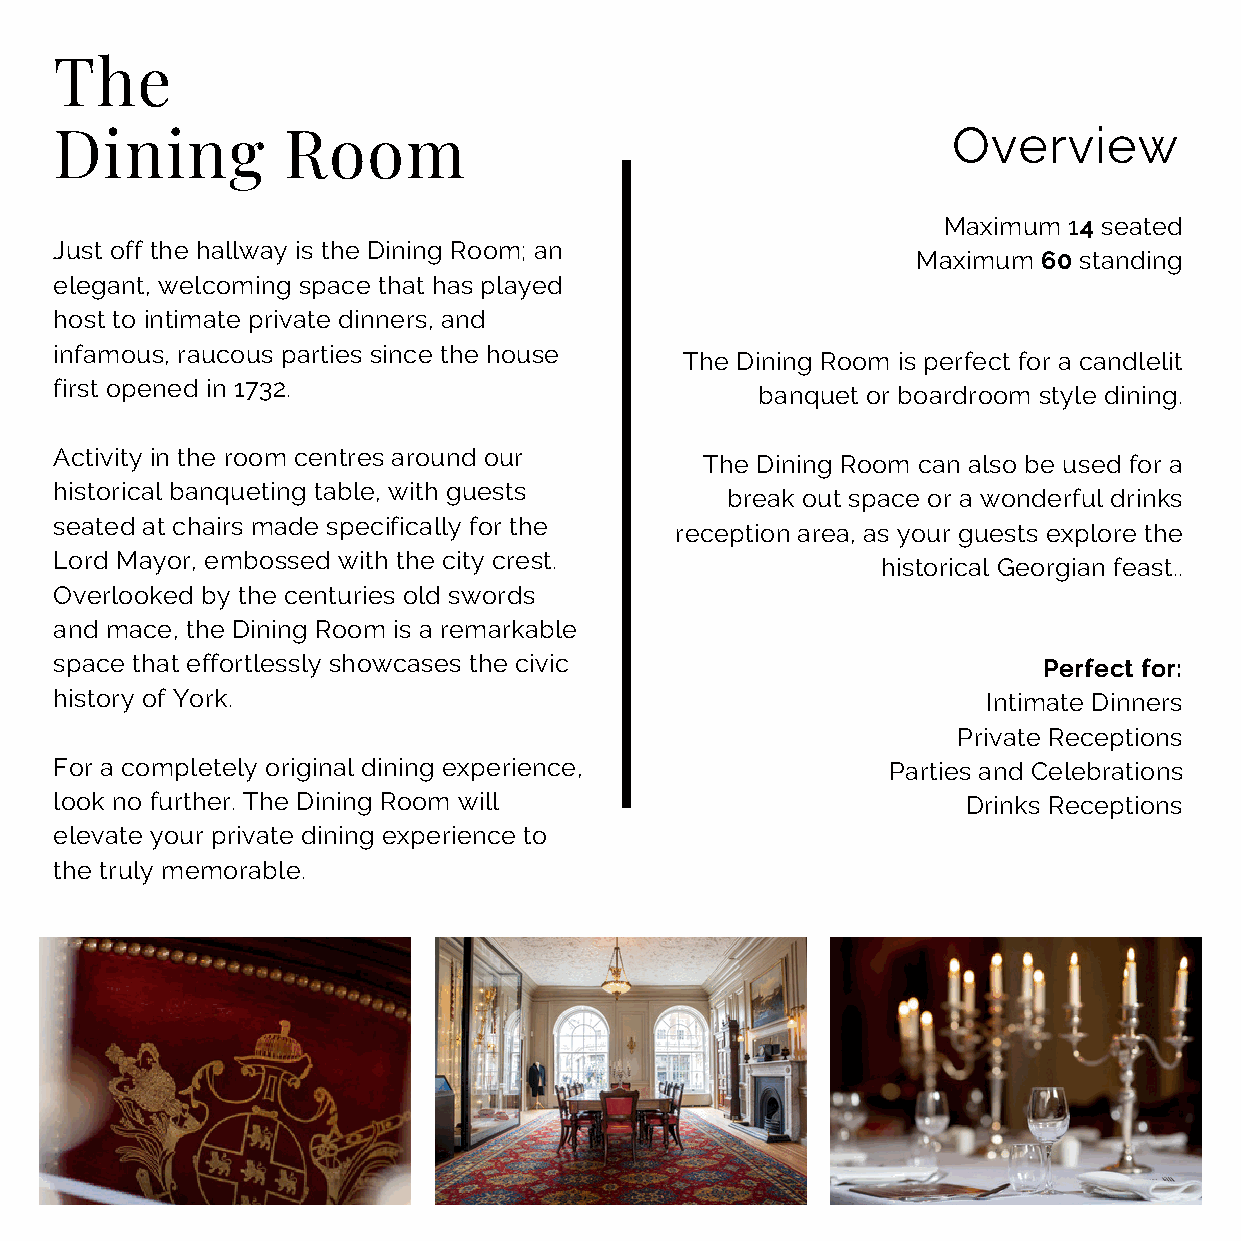
The
 Dining         Room                                        Overview
 Maximum  14 seated
 Just off the hallway is the Dining Room; an
 Maximum 60 standing
 elegant, welcoming space that has played
 host to intimate private dinners, and
 infamous, raucous parties since the house
 The Dining Room is perfect for a candlelit
 first opened in 1732.
 banquet or boardroom style dining.
 Activity in the room centres around our
 The Dining Room can also be used for a
 historical banqueting table, with guests
 break out space or a wonderful drinks
 seated at chairs made specifically for the
 reception area, as your guests explore the
 Lord Mayor, embossed with the city crest.
 historical Georgian feast..
 Overlooked by the centuries old swords
 and mace, the Dining Room is a remarkable
 space that effortlessly showcases the civic                      Perfect for:
 history of York.                                             Intimate Dinners
 Private Receptions
 For a completely original dining experience,           Parties and Celebrations
 look no further. The Dining Room will                       Drinks Receptions
 elevate your private dining experience to
 the truly memorable.